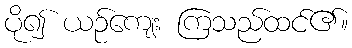
ပို၍ ယဉ်ကျေး ကြသည်ထင်၏။